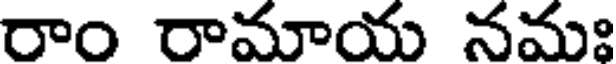
రాం రామాయ నమః